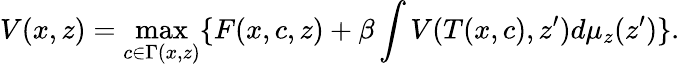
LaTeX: V(x,z)=\operatorname*{max}_{c\in\Gamma(x,z)}\{ F(x,c,z)+\beta\int V(T(x,c),z^{\prime})d\mu_{z}(z^{\prime})\} .